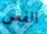
الفص